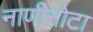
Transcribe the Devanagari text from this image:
नाणीनोटा